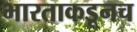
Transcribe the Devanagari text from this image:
भारताकडूनच